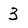
Character: 3